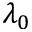
\lambda _ { 0 }